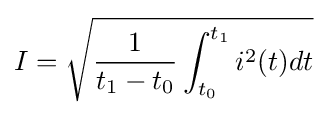
I={\sqrt {{\frac {1}{t_{1}-t_{0}}}\int _{t_{0}}^{t_{1}}i^{2}(t)dt}}